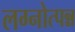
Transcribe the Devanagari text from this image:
लग्नोत्पन्न